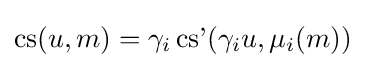
\operatorname {cs} (u,m)=\gamma _{i}\operatorname {cs'} (\gamma _{i}u,\mu _{i}(m))